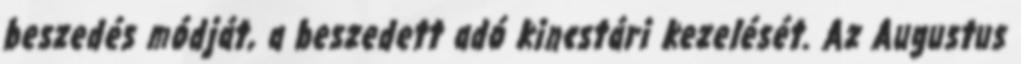
beszedés módját, a beszedett adó kincstári kezelését. Az Augustus